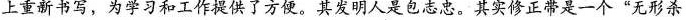
重上新书写，为学习和工作提供了方便。其发明人是包志忠。其实修正带是一个”无形杀